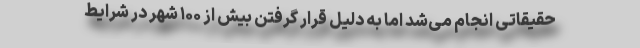
حقیقاتی انجام می‌شد اما به دلیل قرار گرفتن بیش از ۱۰۰ شهر در شرایط